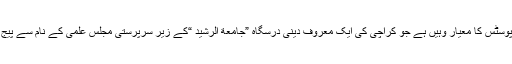
ہماری پوسٹس کا معیار وہیں ہے جو کراچی کی ایک معروف دینی درسگاہ ”جامعة الرشید “کے زیر سرپرستی مجلس علمی کے نام سے پیج کا ہے۔